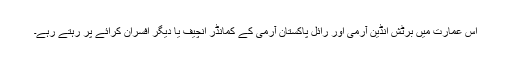
اس عمارت میں برٹش انڈین آرمی اور رائل پاکستان آرمی کے کمانڈر انچیف یا دیگر افسران کرائے پر رہتے رہے۔